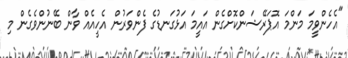
"އެހެންވީމަ މަންމަ އޮޕަރޭޝަންކޮށްގެން އައީމަ އަޅުގަނޑުގެ ފެންވަރުން އެހީއެއް ވާން ބޭނުންވެގެން މި